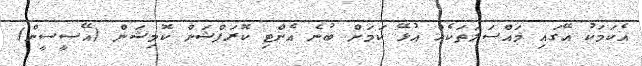
އެކަމަކު އޭގައި މައްސަލަތަކެއް އުޅޭ ކަމަށް ބުނެ އެންޓި ކޮރަޕްޝަން ކޮމިޝަން (އޭސީސީން)